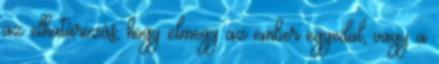
az elhatározás, hogy elmegy az ember egyedül, vagy a